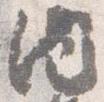
内